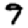
Digit: 7